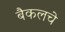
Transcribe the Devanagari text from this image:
बैकलचे